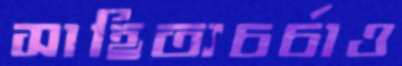
সাহিত্যচর্চাও